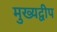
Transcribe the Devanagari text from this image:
मुख्यद्वीप